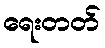
ရေးတတ်